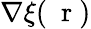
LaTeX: \nabla\xi(\mathrm{~\mathbf~r~})